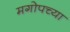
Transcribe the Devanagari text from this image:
मगोपच्या